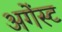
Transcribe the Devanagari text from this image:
अगेंस्‍ट